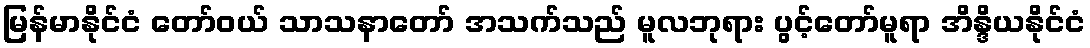
မြန်မာနိုင်ငံ တော်ဝယ် သာသနာတော် အသက်သည် မူလဘုရား ပွင့်တော်မူရာ အိန္ဒိယနိုင်ငံ